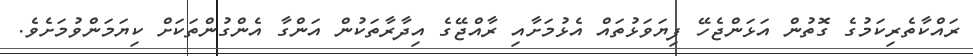
ރައްކާތެރިކަމުގެ ގޮތުން އަޅަންޖެހޭ ފިޔަވަޅުތައް އެޅުމަށާއި ރާއްޖޭގެ އިދާރާތަކުން އަންގާ އެންގުންތަކަށް ކިޔަމަންވުމަށެވެ.